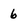
Character: 6